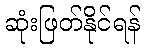
ဆုံးဖြတ်နိုင်ရန်